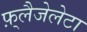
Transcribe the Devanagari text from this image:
फ़्लैजेलेटा